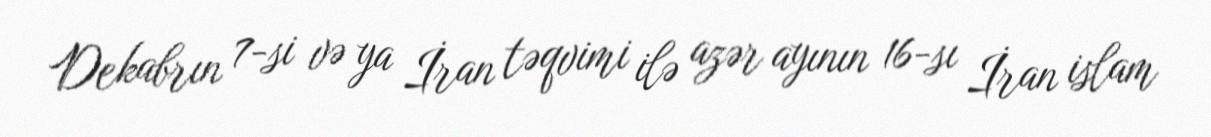
Dekabrın 7-si və ya İran təqvimi ilə azər ayının 16-sı İran islam